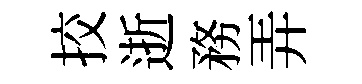
挍逝務弄